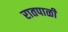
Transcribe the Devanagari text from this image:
रातपाळी